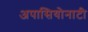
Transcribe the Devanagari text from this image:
अपासियोनाटी